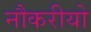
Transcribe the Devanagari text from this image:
नौकरीयो